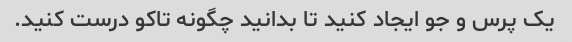
یک پرس و جو ایجاد کنید تا بدانید چگونه تاکو درست کنید.